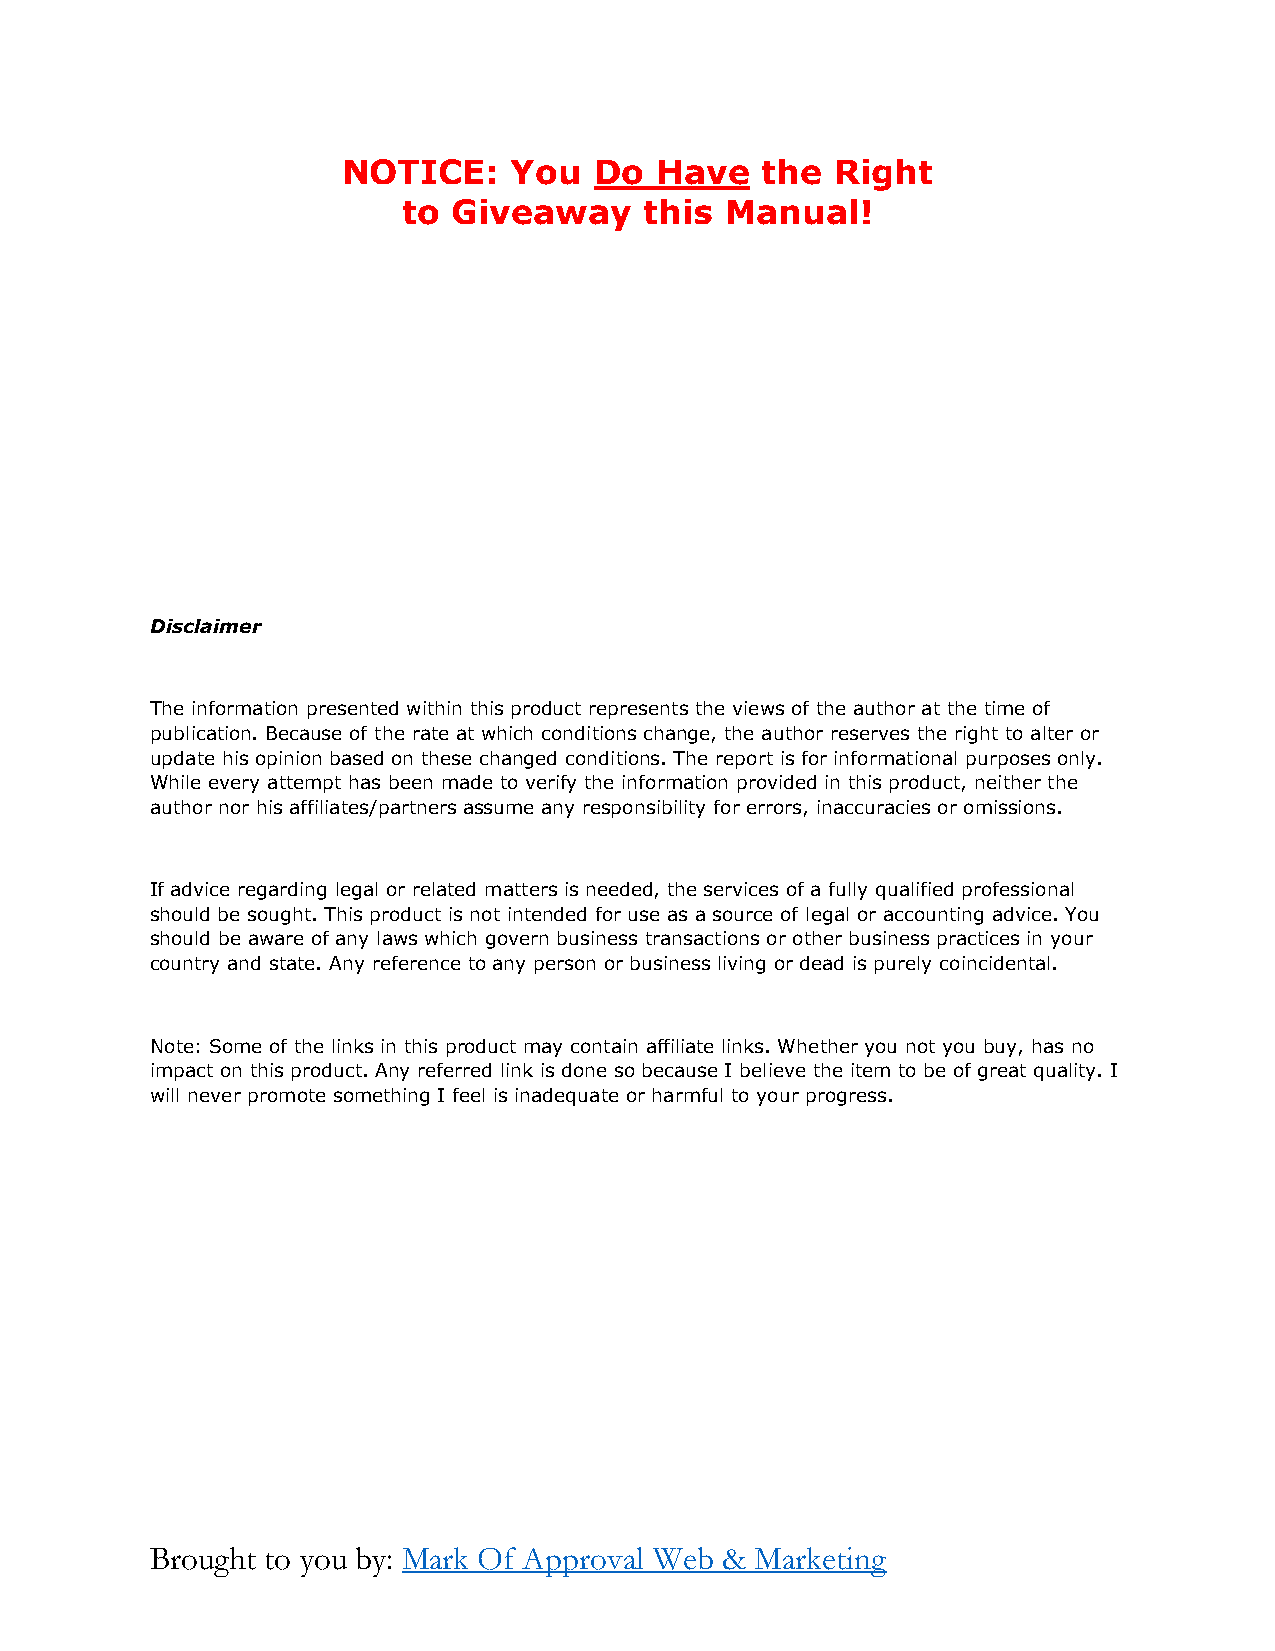
NOTICE:    You  Do  Have   the  Right
 to Giveaway     this Manual!
 Disclaimer
 The information presented within this product represents the views of the author at the time of
 publication. Because of the rate at which conditions change, the author reserves the right to alter or
 update his opinion based on these changed conditions. The report is for informational purposes only.
 While every attempt has been made to verify the information provided in this product, neither the
 author nor his affiliates/partners assume any responsibility for errors, inaccuracies or omissions.
 If advice regarding legal or related matters is needed, the services of a fully qualified professional
 should be sought. This product is not intended for use as a source of legal or accounting advice. You
 should be aware of any laws which govern business transactions or other business practices in your
 country and state. Any reference to any person or business living or dead is purely coincidental.
 Note: Some of the links in this product may contain affiliate links. Whether you not you buy, has no
 impact on this product. Any referred link is done so because I believe the item to be of great quality. I
 will never promote something I feel is inadequate or harmful to your progress.
 Brought to you by: Mark Of Approval Web & Marketing